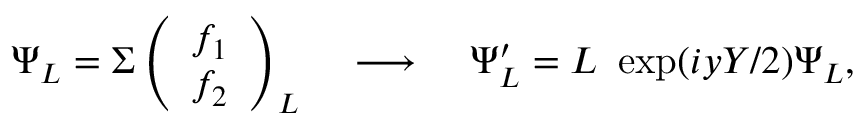
\Psi _ { L } = \Sigma \left( \begin{array} { c } { { f _ { 1 } } } \\ { { f _ { 2 } } } \end{array} \right) _ { L } \; \; \; \; \longrightarrow \; \; \; \; \Psi _ { L } ^ { \prime } = L ~ \exp ( i y Y / 2 ) \Psi _ { L } ,